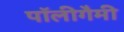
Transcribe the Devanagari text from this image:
पॉलीगैमी